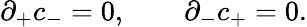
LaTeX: \partial_{+}c_{-}=0,\qquad\partial_{-}c_{+}=0.